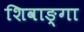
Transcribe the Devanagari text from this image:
शिवाङ्गा